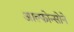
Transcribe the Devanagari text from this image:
आल्फोन्सोने